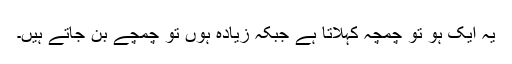
یہ ایک ہو تو چمچہ کہلاتا ہے جبکہ زیادہ ہوں تو چمچے بن جاتے ہیں۔